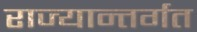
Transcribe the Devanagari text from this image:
राज्यान्तर्गत